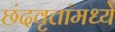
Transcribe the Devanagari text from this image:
छंदवृत्तांमध्ये